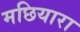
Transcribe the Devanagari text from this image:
मछियारा